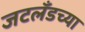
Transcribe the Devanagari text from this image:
जटलँडच्या